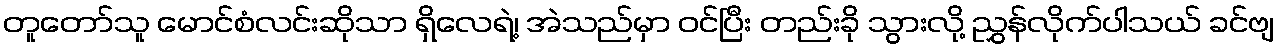
တူတော်သူ မောင်စံလင်းဆိုသာ ရှိလေရဲ့၊ အဲသည်မှာ ဝင်ပြီး တည်းခို သွားလို့ ညွှန်လိုက်ပါသယ် ခင်ဗျ